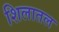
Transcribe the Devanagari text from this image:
शिलातल